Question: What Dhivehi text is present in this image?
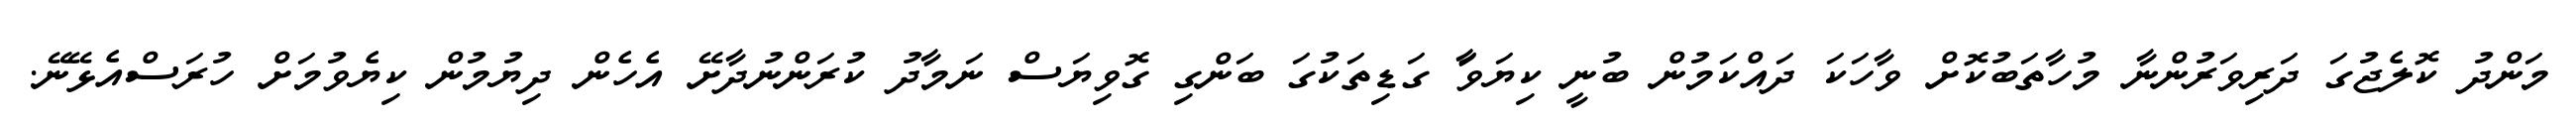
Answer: މަންދު ކޮލެޖުގަ ދަރިވަރުންނާ މުހާތަބުކޮށް ވާހަކަ ދައްކަމުން ބުނީ ކިޔަވަާ ގަޑިތަކުގަ ބަންގި ގޮވިޔަސް ނަމާދު ކުރަންނުދާށޭ އެހެން ދިޔުމުން ކިޔެވުމަށް ހުރަސްއެޅޭނޭ.